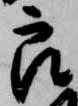
良